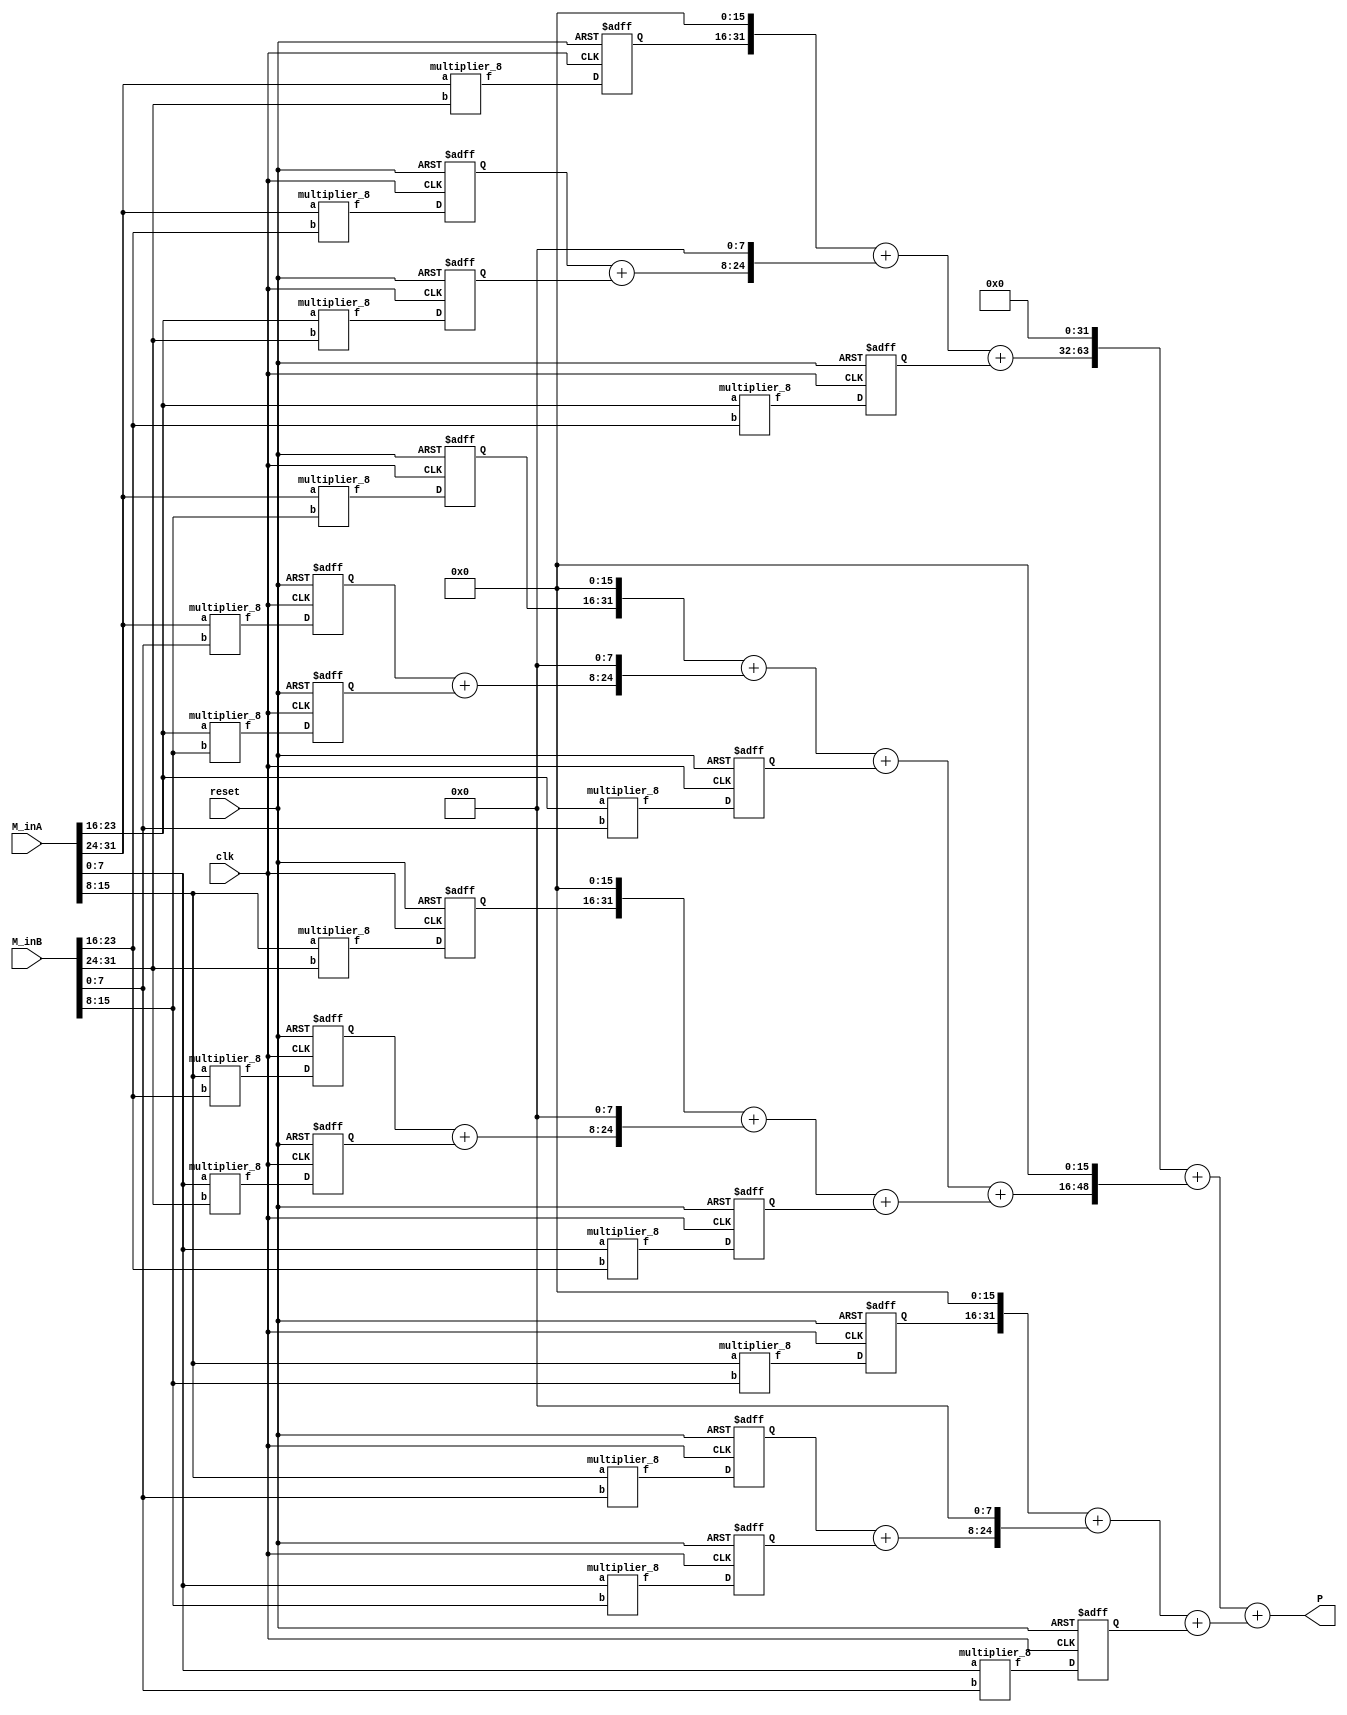
module multiplier_32(
    input clk,
    input reset,
    input [31:0] M_inA,
    input [31:0] M_inB,
    output [63:0] P
    );


    //Stage 1 signals
    wire [7:0] A[0:3], B[0:3];
    wire [15:0] PPHH[3:0], PPHL[3:0], PPLH[3:0], PPLL[3:0];


    wire [15:0] PPHHs2[3:0], PPHLs2[3:0], PPLHs2[3:0], PPLLs2[3:0];
    wire [31:0] MHHs2, MHLs2, MLHs2, MLLs2;



    //Registers
    reg [15:0] PPHH_mreg[3:0], PPHL_mreg[3:0], PPLH_mreg[3:0], PPLL_mreg[3:0];


    //Assignment of 8-bit multiplication operands
    assign A[3][7:0] = M_inA[31:24];
    assign A[2][7:0] = M_inA[23:16];
    assign A[1][7:0] = M_inA[15:8];
    assign A[0][7:0] = M_inA[7:0];

    assign B[3][7:0] = M_inB[31:24];
    assign B[2][7:0] = M_inB[23:16];
    assign B[1][7:0] = M_inB[15:8];
    assign B[0][7:0] = M_inB[7:0];



//Stage 1
    //Partial Products
        //For MHH
    multiplier_8 PPHH3(A[3], B[3], PPHH[3]);
    multiplier_8 PPHH2(A[3], B[2], PPHH[2]);
    multiplier_8 PPHH1(A[2], B[3], PPHH[1]);
    multiplier_8 PPHH0(A[2], B[2], PPHH[0]);

        //For MHL
    multiplier_8 PPHL3(A[3], B[1], PPHL[3]);
    multiplier_8 PPHL2(A[3], B[0], PPHL[2]);
    multiplier_8 PPHL1(A[2], B[1], PPHL[1]);
    multiplier_8 PPHL0(A[2], B[0], PPHL[0]);

        //For MLH
    multiplier_8 PPLH3(A[1], B[3], PPLH[3]);
    multiplier_8 PPLH2(A[1], B[2], PPLH[2]);
    multiplier_8 PPLH1(A[0], B[3], PPLH[1]);
    multiplier_8 PPLH0(A[0], B[2], PPLH[0]);


        //For MLL
    multiplier_8 PPLL3(A[1], B[1], PPLL[3]);
    multiplier_8 PPLL2(A[1], B[0], PPLL[2]);
    multiplier_8 PPLL1(A[0], B[1], PPLL[1]);
    multiplier_8 PPLL0(A[0], B[0], PPLL[0]);


    //Assigning Registers
    always @ (posedge clk or negedge reset)
    begin

        if(!reset) begin

            PPHH_mreg[0] <= 16'd0;
            PPHH_mreg[1] <= 16'd0;
            PPHH_mreg[2] <= 16'd0;
            PPHH_mreg[3] <= 16'd0;

            PPHL_mreg[0] <= 16'd0;
            PPHL_mreg[1] <= 16'd0;
            PPHL_mreg[2] <= 16'd0;
            PPHL_mreg[3] <= 16'd0;

            PPLH_mreg[0] <= 16'd0;
            PPLH_mreg[1] <= 16'd0;
            PPLH_mreg[2] <= 16'd0;
            PPLH_mreg[3] <= 16'd0;

            PPLL_mreg[0] <= 16'd0;
            PPLL_mreg[1] <= 16'd0;
            PPLL_mreg[2] <= 16'd0;
            PPLL_mreg[3] <= 16'd0;

        end

        else begin

            PPHH_mreg[0] <= PPHH[0];
            PPHH_mreg[1] <= PPHH[1];
            PPHH_mreg[2] <= PPHH[2];
            PPHH_mreg[3] <= PPHH[3];

            PPHL_mreg[0] <= PPHL[0];
            PPHL_mreg[1] <= PPHL[1];
            PPHL_mreg[2] <= PPHL[2];
            PPHL_mreg[3] <= PPHL[3];

            PPLH_mreg[0] <= PPLH[0];
            PPLH_mreg[1] <= PPLH[1];
            PPLH_mreg[2] <= PPLH[2];
            PPLH_mreg[3] <= PPLH[3];

            PPLL_mreg[0] <= PPLL[0];
            PPLL_mreg[1] <= PPLL[1];
            PPLL_mreg[2] <= PPLL[2];
            PPLL_mreg[3] <= PPLL[3];

        end
    end


//Stage 2

    //Inputting signals to registers
    assign PPHHs2[0] = PPHH_mreg[0];
    assign PPHHs2[1] = PPHH_mreg[1];
    assign PPHHs2[2] = PPHH_mreg[2];
    assign PPHHs2[3] = PPHH_mreg[3];

    assign PPHLs2[0] = PPHL_mreg[0];
    assign PPHLs2[1] = PPHL_mreg[1];
    assign PPHLs2[2] = PPHL_mreg[2];
    assign PPHLs2[3] = PPHL_mreg[3];

    assign PPLHs2[0] = PPLH_mreg[0];
    assign PPLHs2[1] = PPLH_mreg[1];
    assign PPLHs2[2] = PPLH_mreg[2];
    assign PPLHs2[3] = PPLH_mreg[3];

    assign PPLLs2[0] = PPLL_mreg[0];
    assign PPLLs2[1] = PPLL_mreg[1];
    assign PPLLs2[2] = PPLL_mreg[2];
    assign PPLLs2[3] = PPLL_mreg[3];


    //Formation of 4x34 bit products
    assign MHHs2 = (PPHHs2[3] << 16) + ((PPHHs2[2] + PPHHs2[1]) << 8) + PPHHs2[0];
    assign MHLs2 = (PPHLs2[3] << 16) + ((PPHLs2[2] + PPHLs2[1]) << 8) + PPHLs2[0];
    assign MLHs2 = (PPLHs2[3] << 16) + ((PPLHs2[2] + PPLHs2[1]) << 8) + PPLHs2[0];
    assign MLLs2 = (PPLLs2[3] << 16) + ((PPLLs2[2] + PPLLs2[1]) << 8) + PPLLs2[0];

    //Final Product
    assign P = (MHHs2 << 32) + ((MHLs2 + MLHs2) << 16) + MLLs2;



endmodule

module multiplier_8(
    input [7:0] a,
    input [7:0] b,
    output [15:0] f
    );

    assign f = a * b;

endmodule